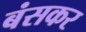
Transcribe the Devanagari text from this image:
बंसकर